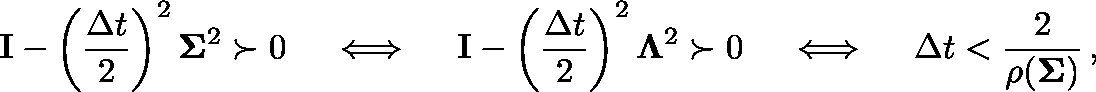
\mathbf I - \left( \frac { \Delta t } { 2 } \right) ^ { 2 } \mathbf { \Sigma } ^ { 2 } \succ 0 \quad \iff \quad \mathbf I - \left( \frac { \Delta t } { 2 } \right) ^ { 2 } \mathbf { \Lambda } ^ { 2 } \succ 0 \quad \iff \quad \Delta t < \frac { 2 } { \rho ( \mathbf { \Sigma ) } } \, ,